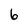
Character: 6